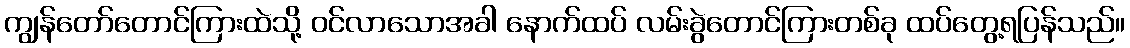
ကျွန်တော်တောင်ကြားထဲသို့ ဝင်လာသောအခါ နောက်ထပ် လမ်းခွဲတောင်ကြားတစ်ခု ထပ်တွေ့ရပြန်သည်။